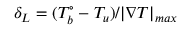
\delta _ { L } = ( T _ { b } ^ { \circ } - T _ { u } ) / | \nabla T | _ { m a x }